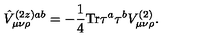
\hat { V } _ { \mu \nu \rho } ^ { ( 2 z ) a b } = - \frac { 1 } { 4 } \mathrm { T r } \tau ^ { a } \tau ^ { b } V _ { \mu \nu \rho } ^ { ( 2 ) } .